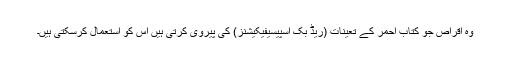
وہ اقراص جو کتاب احمر کے تعینات (ریڈ بک اسپیسیفیکیشنز) کی پیروی کرتی ہیں اس کو استعمال کرسکتی ہیں۔